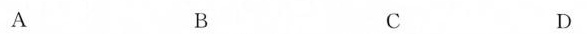
A B C D